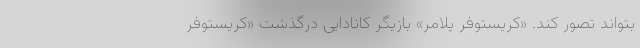
بتواند تصور کند. «کریستوفر پلامر» بازیگر کانادایی درگذشت «کریستوفر